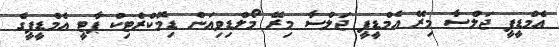
އެމްޑީޕީ ޖަލްސާ މިރޭ އެމްޑީޕީ ޖަލްސާ މިރޭ މޯލްޑިވިއަން ޑިމޮކްރެޓިކް ޕާޓީ އެމްޑީޕީގެ